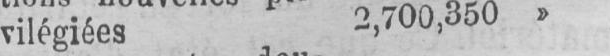
vilégiées 2,700,350»